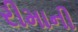
રીમાની